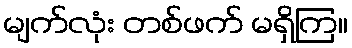
မျက်လုံး တစ်ဖက် မရှိကြ။